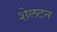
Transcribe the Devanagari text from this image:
शेलटन